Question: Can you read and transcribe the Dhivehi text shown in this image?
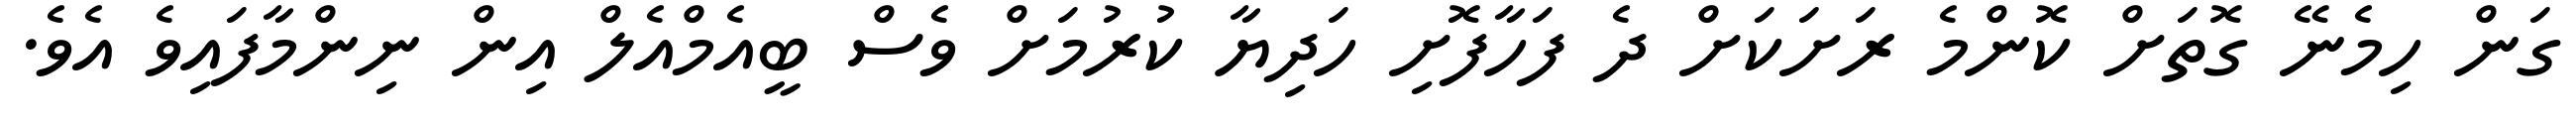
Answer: ގަން ހިމެނޭ ގޮތަށް ކޮންމެ ރަށަކަށް ދެ ފަހާފޮށި ހަދިޔާ ކުރުމަށް ވެސް ބީއެމްއެލް އިން ނިންމާފައިވެ އެވެ.